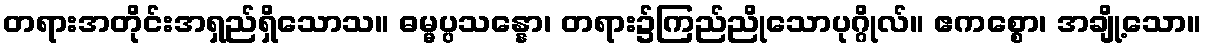
တရားအတိုင်းအရှည်ရှိသောသ။ ဓမ္မပ္ပသန္နော၊ တရား၌ကြည်ညိုသောပုဂ္ဂိုလ်။ ဧကစ္စော၊ အချို့သော။